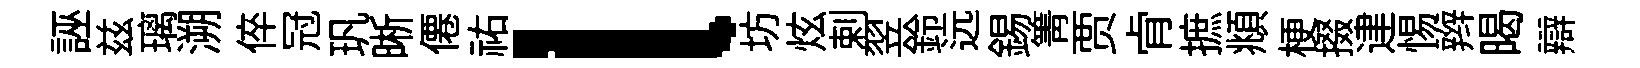
誣兹璃溯倅冠㺬晰僊祐l坊炫剌翌鈴远錫箐贾肻摭頫梗掇䢖惕辫暍辯